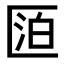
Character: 𠥋